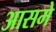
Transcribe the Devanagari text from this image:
आसमे